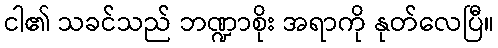
ငါ၏ သခင်သည် ဘဏ္ဍာစိုး အရာကို နုတ်လေပြီ။